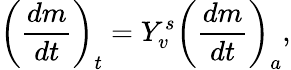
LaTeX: \left(\frac{dm}{dt}\right)_{t}=Y_{v}^{s}\left(\frac{dm}{dt}\right)_{a},